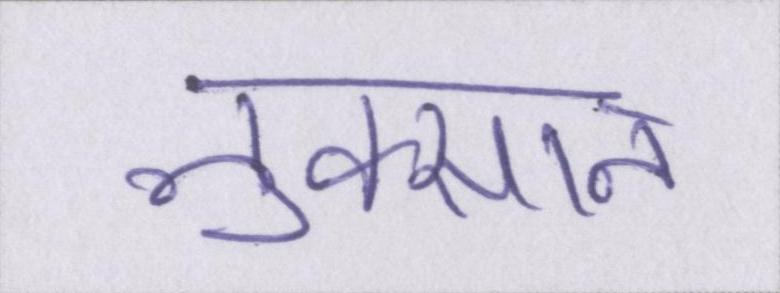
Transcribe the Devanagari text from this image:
नुक्सान